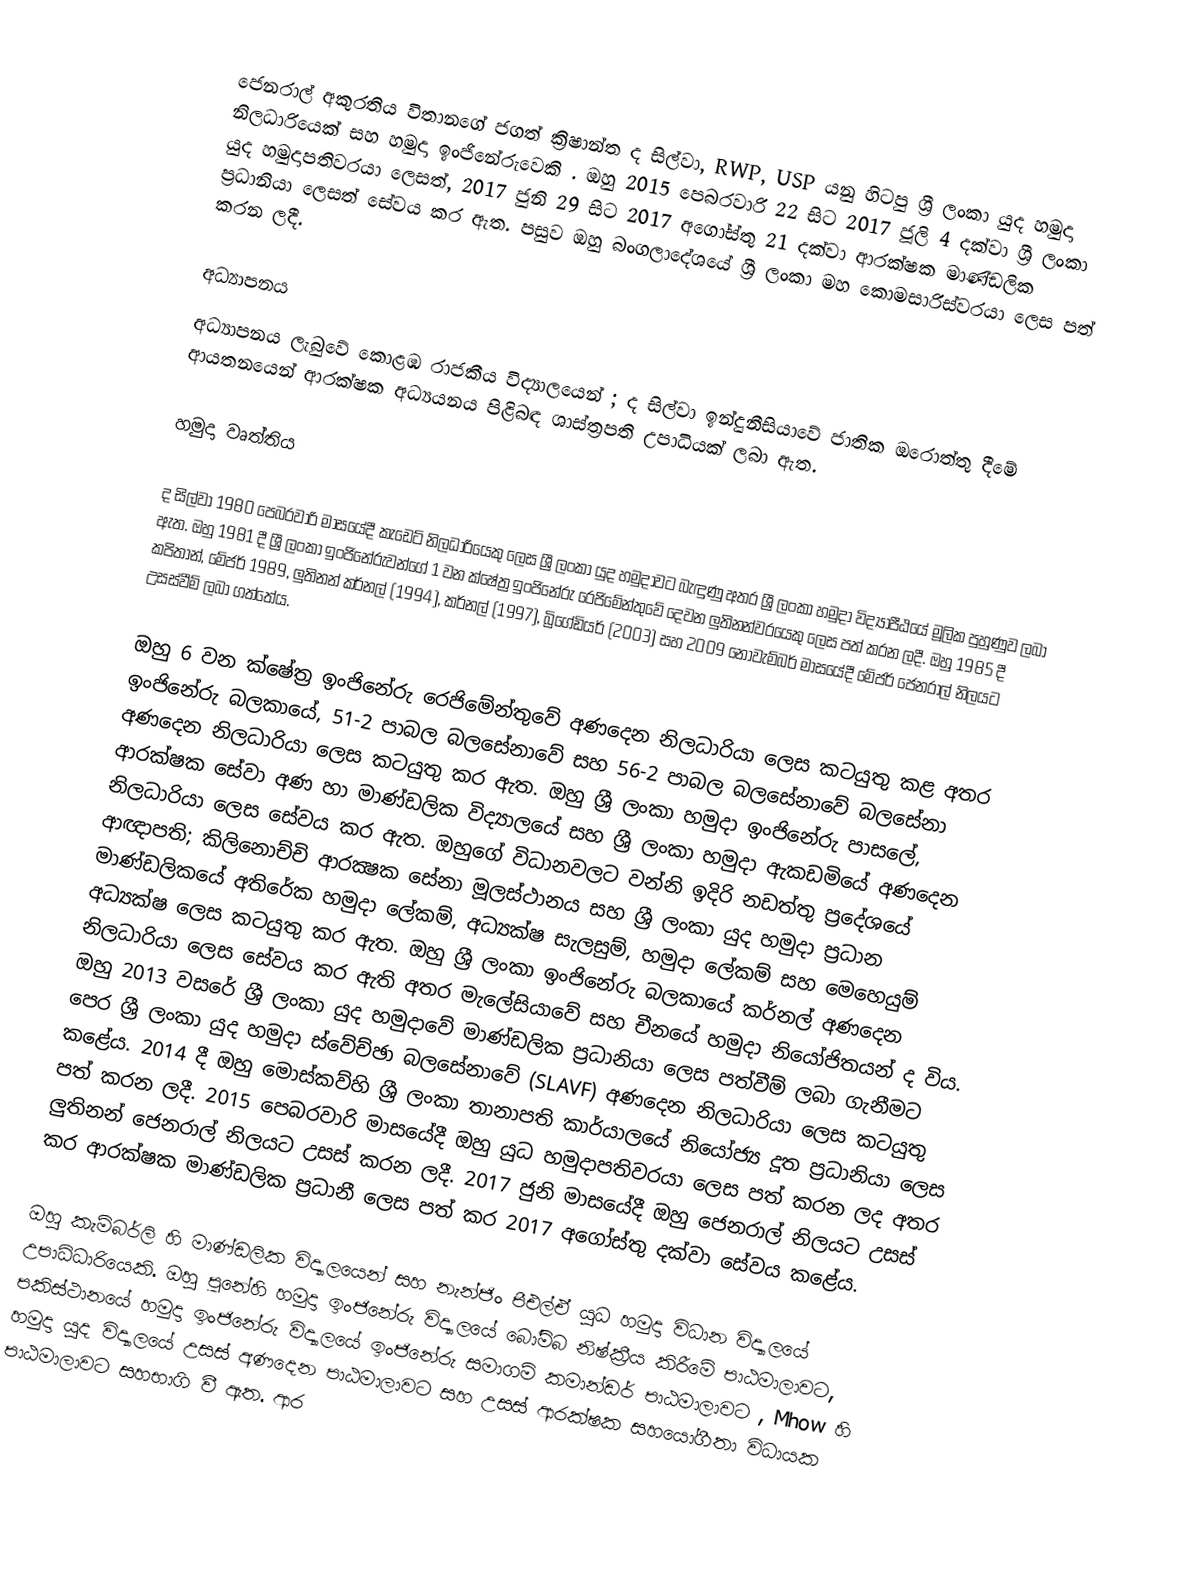
ජෙනරාල් අකුරතිය විතානගේ ජගත් ක්‍රිෂාන්ත ද සිල්වා, RWP, USP යනු හිටපු ශ්‍රී ලංකා යුද හමුදා නිලධාරියෙක් සහ හමුදා ඉංජිනේරුවෙකි . ඔහු 2015 පෙබරවාරි 22 සිට 2017 ජූලි 4 දක්වා ශ්‍රී ලංකා යුද හමුදාපතිවරයා ලෙසත්, 2017 ජුනි 29 සිට 2017 අගෝස්තු 21 දක්වා ආරක්ෂක මාණ්ඩලික ප්‍රධානියා ලෙසත් සේවය කර ඇත. පසුව ඔහු බංගලාදේශයේ ශ්‍රී ලංකා මහ කොමසාරිස්වරයා ලෙස පත් කරන ලදී.

අධ්‍යාපනය
අධ්‍යාපනය ලැබුවේ කොළඹ රාජකීය විද්‍යාලයෙන් ; ද සිල්වා ඉන්දුනීසියාවේ ජාතික ඔරොත්තු දීමේ ආයතනයෙන් ආරක්ෂක අධ්‍යයනය පිළිබඳ ශාස්ත්‍රපති උපාධියක් ලබා ඇත.

හමුදා වෘත්තිය

ද සිල්වා 1980 පෙබරවාරි මාසයේදී කැඩෙට් නිලධාරියෙකු ලෙස ශ්‍රී ලංකා යුද හමුදාවට බැඳුණු අතර ශ්‍රී ලංකා හමුදා විද්‍යාපීඨයේ මූලික පුහුණුව ලබා ඇත. ඔහු 1981 දී ශ්‍රී ලංකා ඉංජිනේරුවන්ගේ 1 වන ක්ෂේත්‍ර ඉංජිනේරු රෙජිමේන්තුවේ දෙවන ලුතිනන්වරයෙකු ලෙස පත් කරන ලදී. ඔහු 1985 දී කපිතාන්, මේජර් 1989, ලුතිනන් කර්නල් (1994), කර්නල් (1997), බ්‍රිගේඩියර් (2003) සහ 2009 නොවැම්බර් මාසයේදී මේජර් ජෙනරාල් නිලයට උසස්වීම් ලබා ගත්තේය.

ඔහු 6 වන ක්ෂේත්‍ර ඉංජිනේරු රෙජිමේන්තුවේ අණදෙන නිලධාරියා ලෙස කටයුතු කළ අතර ඉංජිනේරු බලකායේ, 51-2 පාබල බලසේනාවේ සහ 56-2 පාබල බලසේනාවේ බලසේනා අණදෙන නිලධාරියා ලෙස කටයුතු කර ඇත. ඔහු ශ්‍රී ලංකා හමුදා ඉංජිනේරු පාසලේ, ආරක්ෂක සේවා අණ හා මාණ්ඩලික විද්‍යාලයේ සහ ශ්‍රී ලංකා හමුදා ඇකඩමියේ අණදෙන නිලධාරියා ලෙස සේවය කර ඇත. ඔහුගේ විධානවලට වන්නි ඉදිරි නඩත්තු ප්‍රදේශයේ ආඥාපති; කිලිනොච්චි ආරක්‍ෂක සේනා මූලස්ථානය සහ ශ්‍රී ලංකා යුද හමුදා ප්‍රධාන මාණ්ඩලිකයේ අතිරේක හමුදා ලේකම්, අධ්‍යක්ෂ සැලසුම්, හමුදා ලේකම් සහ මෙහෙයුම් අධ්‍යක්ෂ ලෙස කටයුතු කර ඇත. ඔහු ශ්‍රී ලංකා ඉංජිනේරු බලකායේ කර්නල් අණදෙන නිලධාරියා ලෙස සේවය කර ඇති අතර මැලේසියාවේ සහ චීනයේ හමුදා නියෝජිතයන් ද විය.  ඔහු 2013 වසරේ ශ්‍රී ලංකා යුද හමුදාවේ මාණ්ඩලික ප්‍රධානියා ලෙස පත්වීම් ලබා ගැනීමට පෙර ශ්‍රී ලංකා යුද හමුදා ස්වේච්ඡා බලසේනාවේ (SLAVF) අණදෙන නිලධාරියා ලෙස කටයුතු කළේය. 2014 දී ඔහු මොස්කව්හි ශ්‍රී ලංකා තානාපති කාර්යාලයේ නියෝජ්‍ය දූත ප්‍රධානියා ලෙස පත් කරන ලදී. 2015 පෙබරවාරි මාසයේදී ඔහු යුධ හමුදාපතිවරයා ලෙස පත් කරන ලද අතර ලුතිනන් ජෙනරාල් නිලයට උසස් කරන ලදී.  2017 ජුනි මාසයේදී ඔහු ජෙනරාල් නිලයට උසස් කර ආරක්ෂක මාණ්ඩලික ප්‍රධානී ලෙස පත් කර 2017 අගෝස්තු දක්වා සේවය කළේය.

ඔහු කැම්බර්ලි හි මාණ්ඩලික විද්‍යාලයෙන් සහ නැන්ජිං පීඑල්ඒ යුධ හමුදා විධාන විද්‍යාලයේ උපාධිධාරියෙකි. ඔහු පූනේහි හමුදා ඉංජිනේරු විද්‍යාලයේ බෝම්බ නිෂ්ක්‍රීය කිරීමේ පාඨමාලාවට, පකිස්ථානයේ හමුදා ඉංජිනේරු විද්‍යාලයේ ඉංජිනේරු සමාගම් කමාන්ඩර් පාඨමාලාවට , Mhow හි හමුදා යුද විද්‍යාලයේ උසස් අණදෙන පාඨමාලාවට සහ උසස් ආරක්ෂක සහයෝගීතා විධායක පාඨමාලාවට සහභාගි වී ඇත. ආර